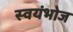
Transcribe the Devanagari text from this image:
स्वयंभोज